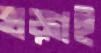
খড়্গই